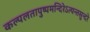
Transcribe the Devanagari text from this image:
कल्पलतापुष्पमन्दिरेऽत्यन्तसुन्दरे